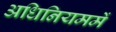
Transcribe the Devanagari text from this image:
अधिनियममें